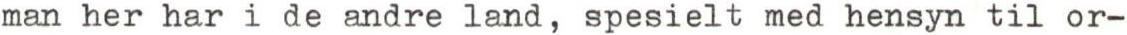
man her har i de andre land, spesielt med hensyn til or-